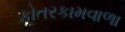
કોતરકામવાળા